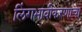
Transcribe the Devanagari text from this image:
लिंगभावीकरणाचा